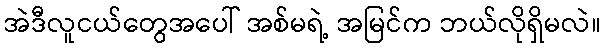
အဲဒီလူငယ်တွေအပေါ် အစ်မရဲ့ အမြင်က ဘယ်လိုရှိမလဲ။